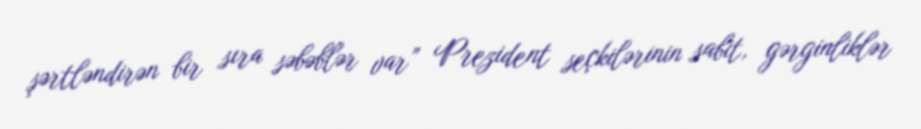
şərtləndirən bir sıra səbəblər var” Prezident seçkilərinin sabit, gərginliklər